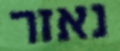
נאזר